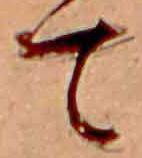
て